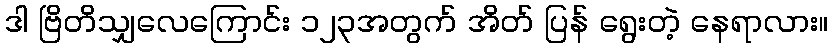
ဒါ ဗြိတိသျှလေကြောင်း ၁၂၃အတွက် အိတ် ပြန် ရွေးတဲ့ နေရာလား။